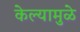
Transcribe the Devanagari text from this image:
केल्‍यामुळे